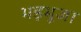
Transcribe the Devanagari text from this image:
भड़भूजा